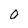
Character: O